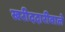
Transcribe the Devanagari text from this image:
खरीददारीवाले